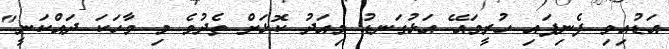
އަޑުއިވި ފެނިފައި ހުރީމައޭ އަޅުގަނޑު މިއަދު ކޮޅަށް ތެދުވެ މި ވާހަކަ ދައްކަނީ"